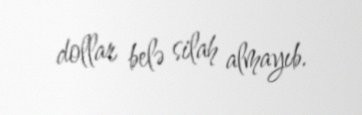
dollar belə silah almayıb.